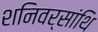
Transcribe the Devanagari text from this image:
शनिवर्सांथि